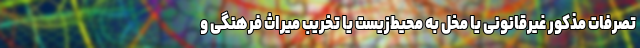
تصرفات مذکور غیرقانونی یا مخل به محیط‌زیست یا تخریب میراث فرهنگی و